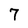
Character: 7